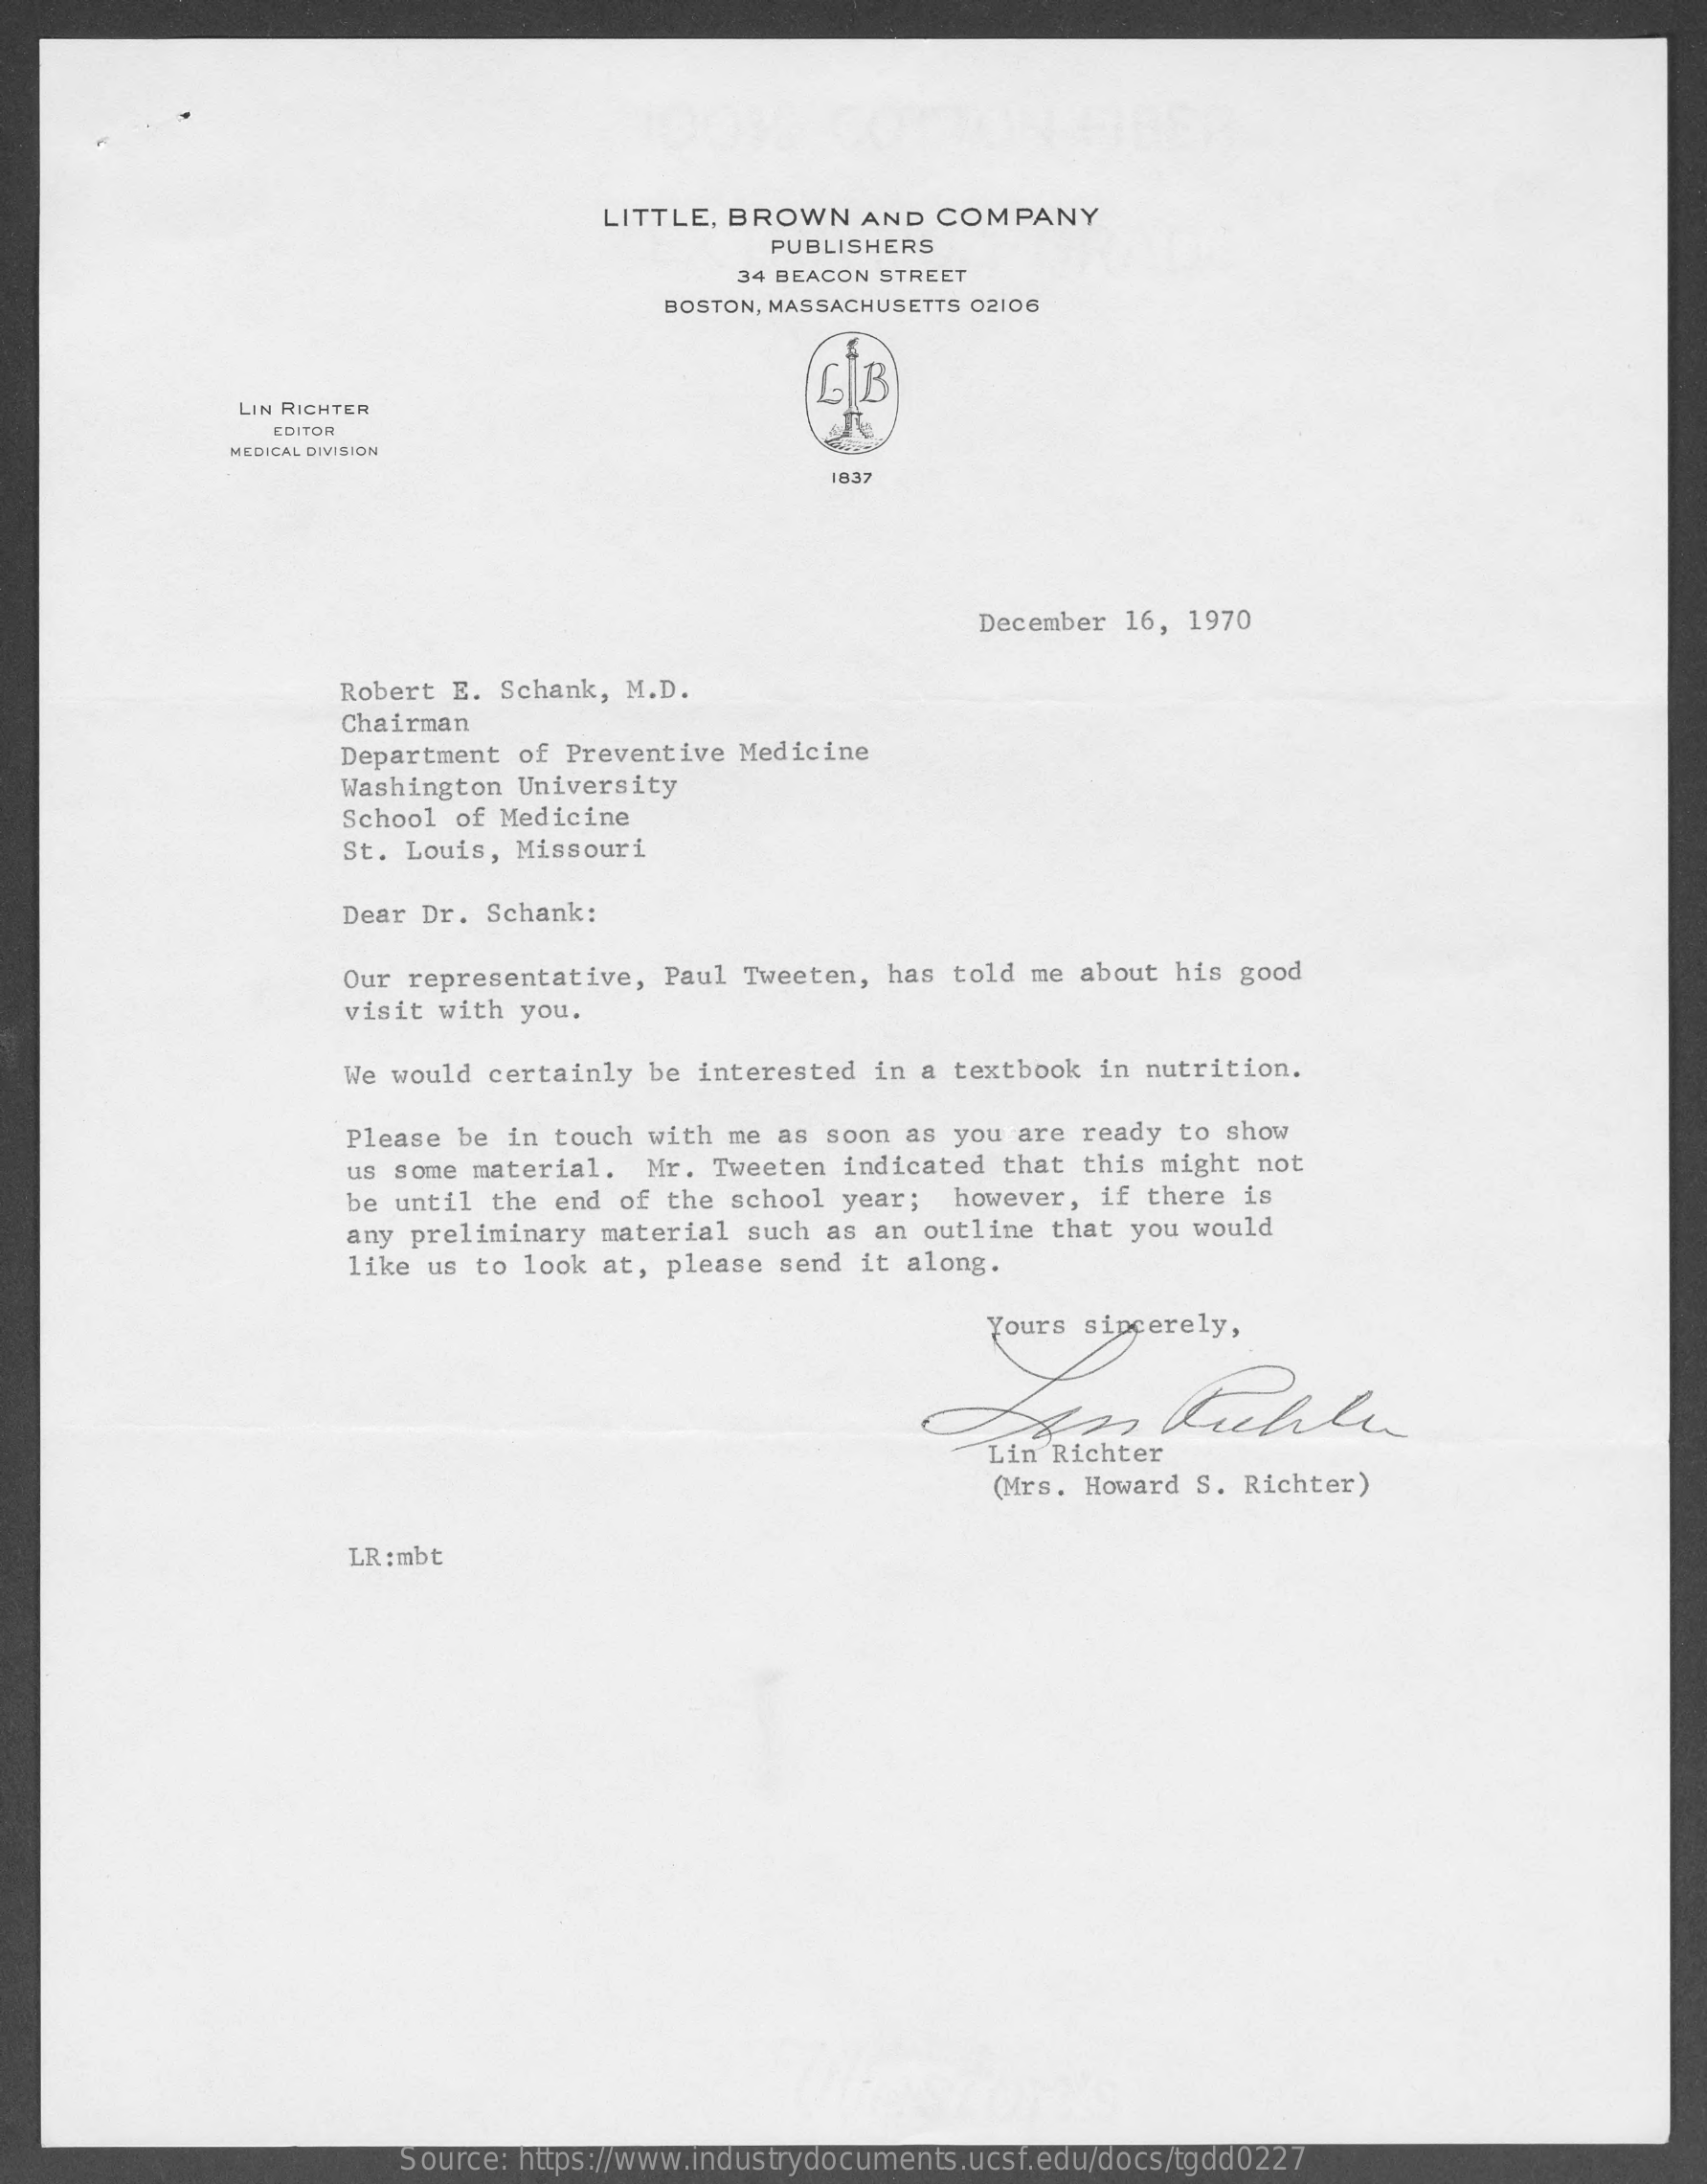
LITTLE, BROWN    AND  COMPANY
     PUBLISHERS
     34 BEACON STREET
     BOSTON, MASSACHUSETTS 02106
     LB
     LIN RICHTER
     EDITOR
     MEDICAL DIVISION
     1837
     December 16, 1970
     Robert  E. Schank, M.D.
     Chairman
     Department of Preventive Medicine
     Washington  University
     School of Medicine
     St. Louis, Missouri
     Dear Dr. Schank:
     Our representative, Paul  Tweeten, has told me about  his good
     visit with you.
     We would  certainly be interested  in a textbook  in nutrition.
     Please be in touch with me  as soon as you are ready  to show
     us some material.  Mr. Tweeten  indicated that this  might not
     be until the end of the  school year;  however,  if there is
     any preliminary material  such as an outline that  you would
     like us to look at, please  send it along.
     Yours sincerely,
     Lin  Richter
     (Mrs. Howard S. Richter)
     LR :mbt
     Source: https://www.industrydocuments.ucsf.edu/docs/tgdd0227